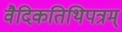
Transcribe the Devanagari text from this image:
वैदिकतिथिपत्रम्